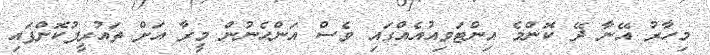
މިހާރު އޭނާ ދޭ ކޮންމެ އިންޓަވިއުއެއްގައި ވެސް އަންހެނުން މީރާ އަށް ތައުރީފުކޮށްފައި